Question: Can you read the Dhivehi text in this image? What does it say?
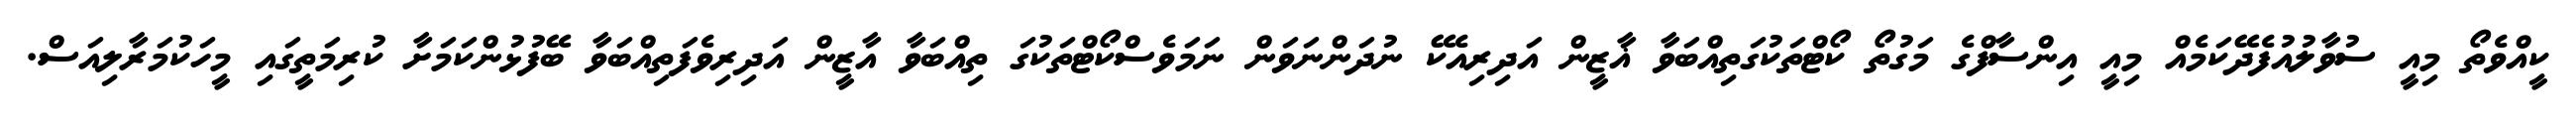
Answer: ކީއްވެތޯ މިއީ ސުވާލުއުފެދޭކަމެއް މިއީ އިންސާފްގެ މަގުތޯ ކޯޓްތަކުގަތިއްބަވާ ޣާޒީން އަދިރިއެކޭ ނުދަންނަވަން ނަމަވެސްކޯޓްތަކުގަ ތިއްބަވާ އާޒީން އަދިރިވެފަތިއްބަވާ ބޭފުޅުންކަމަށާ ކުރިމަތީގައި މީހަކުމަރާލިއަސް.